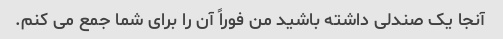
آنجا یک صندلی داشته باشید من فوراً آن را برای شما جمع می کنم.